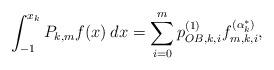
LaTeX: \begin{align*}\int_{ - 1}^{{x_k}} {{P_{k,m}}f(x)\,{\mkern 1mu} dx} = \sum\limits_{i = 0}^m {p_{OB,k,i}^{(1)}{\mkern 1mu} f_{m,k,i}^{(\alpha _k^*)}},\end{align*}